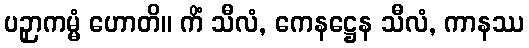
ပဉှာကမ္မံ ဟောတိ။ ကိံ သီလံ, ကေနဋ္ဌေန သီလံ, ကာနဿ